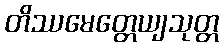
တိဿမေတ္တေယျသုတ္တ